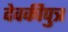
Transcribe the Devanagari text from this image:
देवकीपुत्र